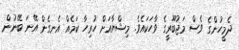
ދެމީހުންގެ ވެސް މަޖުބޫރީގެ ވާހަކައެވެ. މިޝްޔާއަށް ހުރިހާ ކަމެއް އެނގެން އޭނަ ބޭނުން